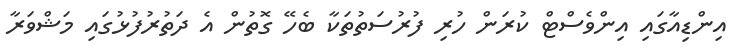
އިންޑިއާގައި އިންވެސްޓް ކުރަން ހުރި ފުރުސަތުތަކާ ބެހޭ ގޮތުން އެ ދަތުރުފުޅުގައި މަޝްވަރާ